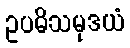
ဥပဓိသမုဒယံ